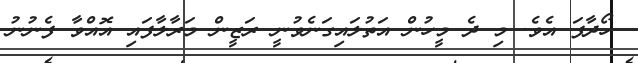
ހޯދާފަ އެވެ. މި ދެ މީހުން އަތުލައިގަނެވުނީ ރަޒީން މަރާލާފައި އޮއްވާ ފެނުނު